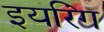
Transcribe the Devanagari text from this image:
इयरिंग